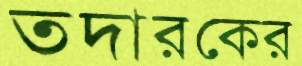
তদারকের